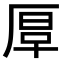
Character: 𠪀